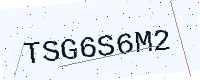
Text: TSG6S6M2